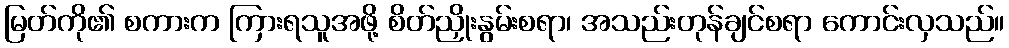
မြတ်ကို၏ စကားက ကြားရသူအဖို့ စိတ်ညှိုးနွမ်းစရာ၊ အသည်းတုန်ချင်စရာ ကောင်းလှသည်။